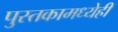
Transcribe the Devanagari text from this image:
पुस्तकामध्येही